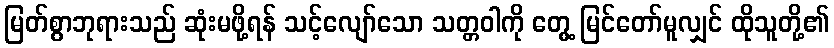
မြတ်စွာဘုရားသည် ဆုံးမဖို့ရန် သင့်လျော်သော သတ္တဝါကို တွေ့ မြင်တော်မူလျှင် ထိုသူတို့၏